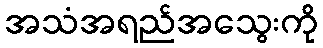
အသံအရည်အသွေးကို